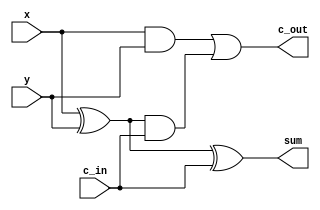
`timescale 1ns / 1ps
//////////////////////////////////////////////////////////////////////////////////
// Company: 
// Engineer: 
// 
// Design Name: 
// Module Name: full_adder
// Project Name: 
// Target Devices: 
// Tool Versions: 
// Description: 
// 
// Dependencies: 
// 
// Revision:
// Revision 0.01 - File Created
// Additional Comments:
// 
//////////////////////////////////////////////////////////////////////////////////


module full_adder(x, y, c_in, sum, c_out);

input x, y, c_in;
output sum, c_out;
wire w1, w2, w3;

assign w1 = x^y;
assign w2 = x&y;
assign w3 = w1&c_in;

assign sum = w1^c_in;
assign c_out = w2|w3; 


endmodule